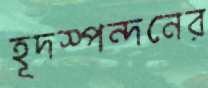
হূদস্পন্দনের